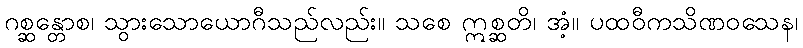
ဂစ္ဆန္တောစ၊ သွားသောယောဂီသည်လည်း။ သစေ ဣစ္ဆတိ၊ အံ့။ ပထဝီကသိဏဝသေန၊